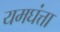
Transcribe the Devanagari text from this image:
यमघंत्ता